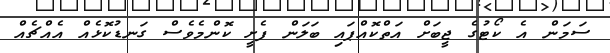
ސަމަން އެ ކޯޓުގެ ޖީބަށް އަތްކޮއްޕައި ބަލަން ފެށީ ކޮންމެވެސް ގަނޑުކޮޅެއް އެއްޗެއް